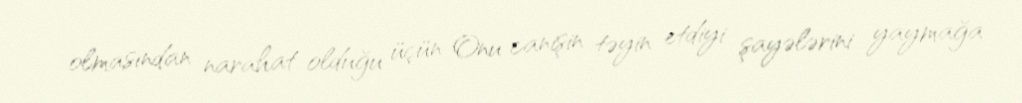
olmasından narahat olduğu üçün Onu canişin təyin etdiyi şayələrini yaymağa